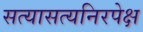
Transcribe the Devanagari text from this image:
सत्यासत्यनिरपेक्ष